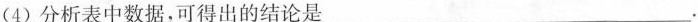
(4)分析表中数据，可得出的结论是___.